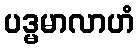
ပဒ္မမာလာဟံ